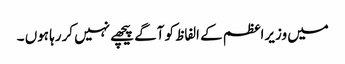
میں وزیراعظم کے الفاظ کو آگے پیچھے نہیں کررہا ہوں ۔